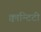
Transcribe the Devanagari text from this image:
क्वान्टिटी